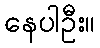
နေပါဦး။